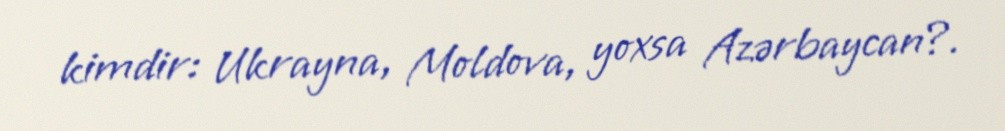
kimdir: Ukrayna, Moldova, yoxsa Azərbaycan?.